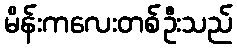
မိန်းကလေးတစ်ဦးသည်